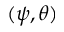
( \psi , \theta )